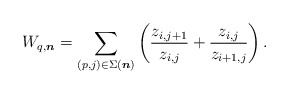
\begin{gather*}W_{q,{\boldsymbol{n}}}=\sum_{(p,j) \in \Sigma({\boldsymbol{n}})} \left( {z_{i,j+1} \over z_{i,j}}+{z_{i,j} \over z_{i+1,j}} \right).\end{gather*}